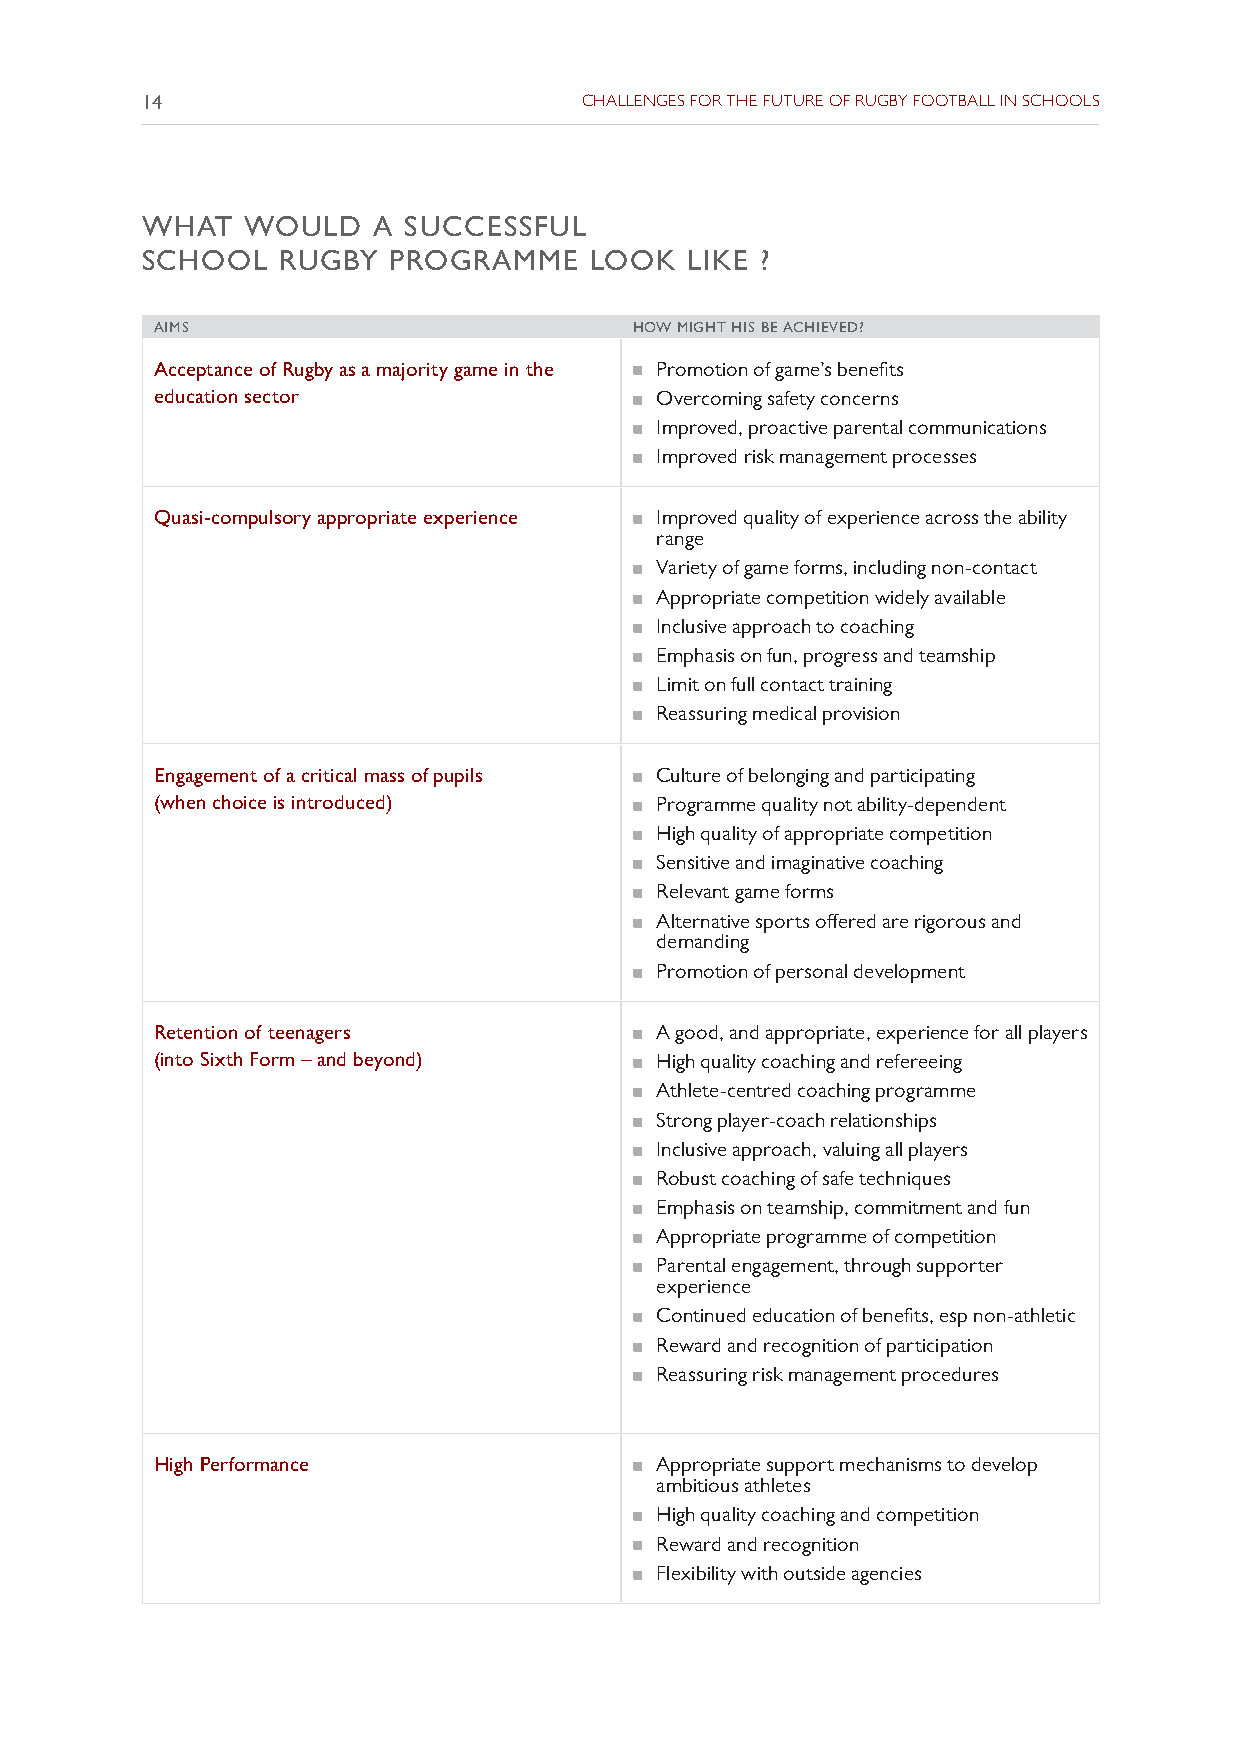
14                           CHALLENGES FOR THE FUTURE OF RUGBY FOOTBALL IN SCHOOLS
 WHAT   WOULD    A SUCCESSFUL
 SCHOOL    RUGBY  PROGRAMME    LOOK  LIKE ?
 AIMS                            HOW MIGHT HIS BE ACHIEVED?
 Acceptance of Rugby as a majority game in the ó Promotion of game’s benefits
 education sector                ó Overcoming safety concerns
 ó Improved, proactive parental communications
 ó Improved risk management processes
 Quasi-compulsory appropriate experience ó Improved quality of experience across the ability
 range
 ó Variety of game forms, including non-contact
 ó Appropriate competition widely available
 ó Inclusive approach to coaching
 ó Emphasis on fun, progress and teamship
 ó Limit on full contact training
 ó Reassuring medical provision
 Engagement of a critical mass of pupils ó Culture of belonging and participating
 (when choice is introduced)     ó Programme quality not ability-dependent
 ó High quality of appropriate competition
 ó Sensitive and imaginative coaching
 ó Relevant game forms
 ó Alternative sports offered are rigorous and
 demanding
 ó Promotion of personal development
 Retention of teenagers          ó A good, and appropriate, experience for all players
 (into Sixth Form – and beyond)  ó High quality coaching and refereeing
 ó Athlete-centred coaching programme
 ó Strong player-coach relationships
 ó Inclusive approach, valuing all players
 ó Robust coaching of safe techniques
 ó Emphasis on teamship, commitment and fun
 ó Appropriate programme of competition
 ó Parental engagement, through supporter
 experience
 ó Continued education of benefits, esp non-athletic
 ó Reward and recognition of participation
 ó Reassuring risk management procedures
 High Performance                ó Appropriate support mechanisms to develop
 ambitious athletes
 ó High quality coaching and competition
 ó Reward and recognition
 ó Flexibility with outside agencies